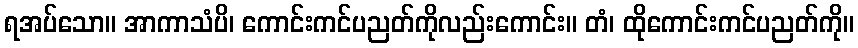
ရအပ်သော။ အာကာသံပိ၊ ကောင်းကင်ပညတ်ကိုလည်းကောင်း။ တံ၊ ထိုကောင်းကင်ပညတ်ကို။